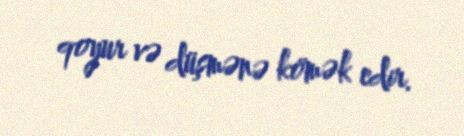
qoyur və düşmənə kömək edir.